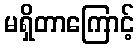
မရှိတာကြောင့်